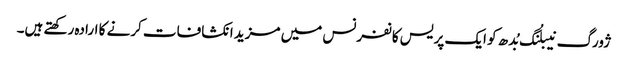
ژورگ نیبلُنگ بُدھ کو ایک پریس کانفرنس میں مزید انکشافات کرنے کا ارادہ رکھتے ہیں۔